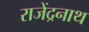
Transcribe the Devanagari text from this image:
राजेंद्रनाथ